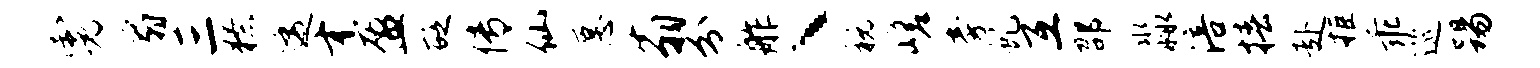
霓扇三獠逶才盈砭传仙愿翁分舴丶税嵯旁虬互邵淼涪椿赴拒乖巡踢